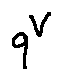
q ^ { V }